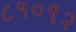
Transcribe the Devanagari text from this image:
८१०९२